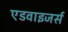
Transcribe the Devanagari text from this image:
एडवाइजर्स